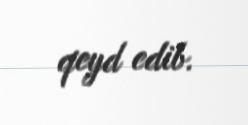
qeyd edib.